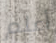
أعلم